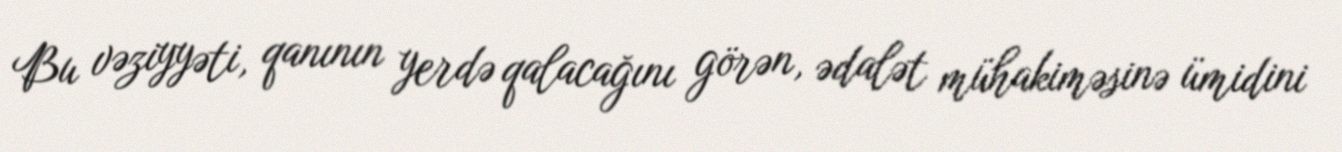
Bu vəziyyəti, qanının yerdə qalacağını görən, ədalət mühakiməsinə ümidini